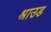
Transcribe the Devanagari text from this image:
श्राउड